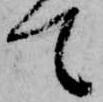
て